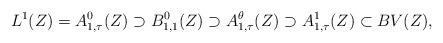
LaTeX: \begin{align*} L^1(Z) = A_{1,\tau}^0(Z) \supset B_{1,1}^0(Z) \supset A_{1,\tau}^\theta (Z) \supset A_{1,\tau}^1 (Z) \subset BV(Z),\end{align*}